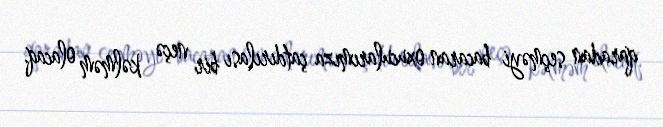
qaradan seçməyi bacaran oxucularımıza çatdırılası bir neçə kəlməm olacaq.